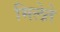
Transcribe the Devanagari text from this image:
मिलेते